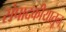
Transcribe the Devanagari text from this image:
संपादकीयातून